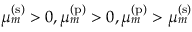
\mu _ { m } ^ { \mathrm { ( s ) } } > 0 , \mu _ { m } ^ { \mathrm { ( p ) } } > 0 , \mu _ { m } ^ { \mathrm { ( p ) } } > \mu _ { m } ^ { \mathrm { ( s ) } }